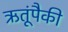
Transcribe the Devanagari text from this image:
ऋतूंपैकी